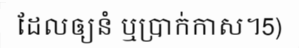
ដែលឲ្យនំ ឬប្រាក់កាស។5)